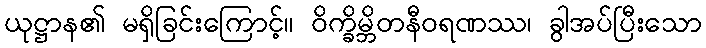
ယုဋ္ဌာန၏ မရှိခြင်းကြောင့်။ ဝိက္ခိမ္ဘိတနီဝရဏဿ၊ ခွါအပ်ပြီးသော